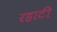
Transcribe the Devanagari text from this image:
रहाटी